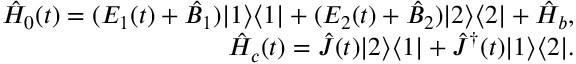
\begin{array} { r l r } & { } & { \hat { H } _ { 0 } ( t ) = ( E _ { 1 } ( t ) + \hat { B } _ { 1 } ) | 1 \rangle \langle 1 | + ( E _ { 2 } ( t ) + \hat { B } _ { 2 } ) | 2 \rangle \langle 2 | + \hat { H } _ { b } , } \\ & { } & { \hat { H } _ { c } ( t ) = \hat { J } ( t ) | 2 \rangle \langle 1 | + \hat { J } ^ { \dagger } ( t ) | 1 \rangle \langle 2 | . } \end{array}